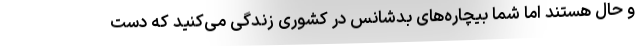
و حال هستند اما شما بیچاره‌های بدشانس در کشوری زندگی می‌کنید که دست